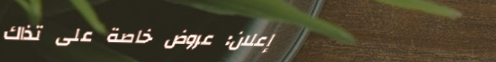
إعلان: عروض خاصة على تذاك